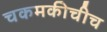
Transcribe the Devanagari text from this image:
चकमकीचीच